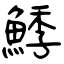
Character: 鯚